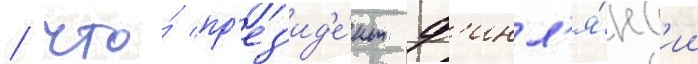
/ что́ пр'ез'ид'е́нт ф'инл'я́нд'ии